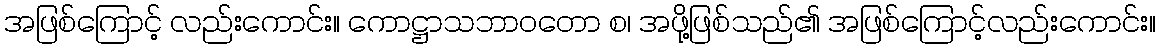
အဖြစ်ကြောင့် လည်းကောင်း။ ကောဋ္ဌာသဘာဝတော စ၊ အဖို့ဖြစ်သည်၏ အဖြစ်ကြောင့်လည်းကောင်း။